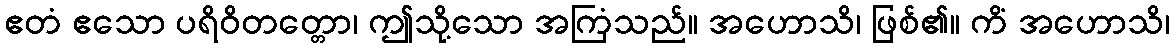
ဧတံ ဧသော ပရိဝိတတ္တော၊ ဤသို့သော အကြံသည်။ အဟောသိ၊ ဖြစ်၏။ ကိံ အဟောသိ၊